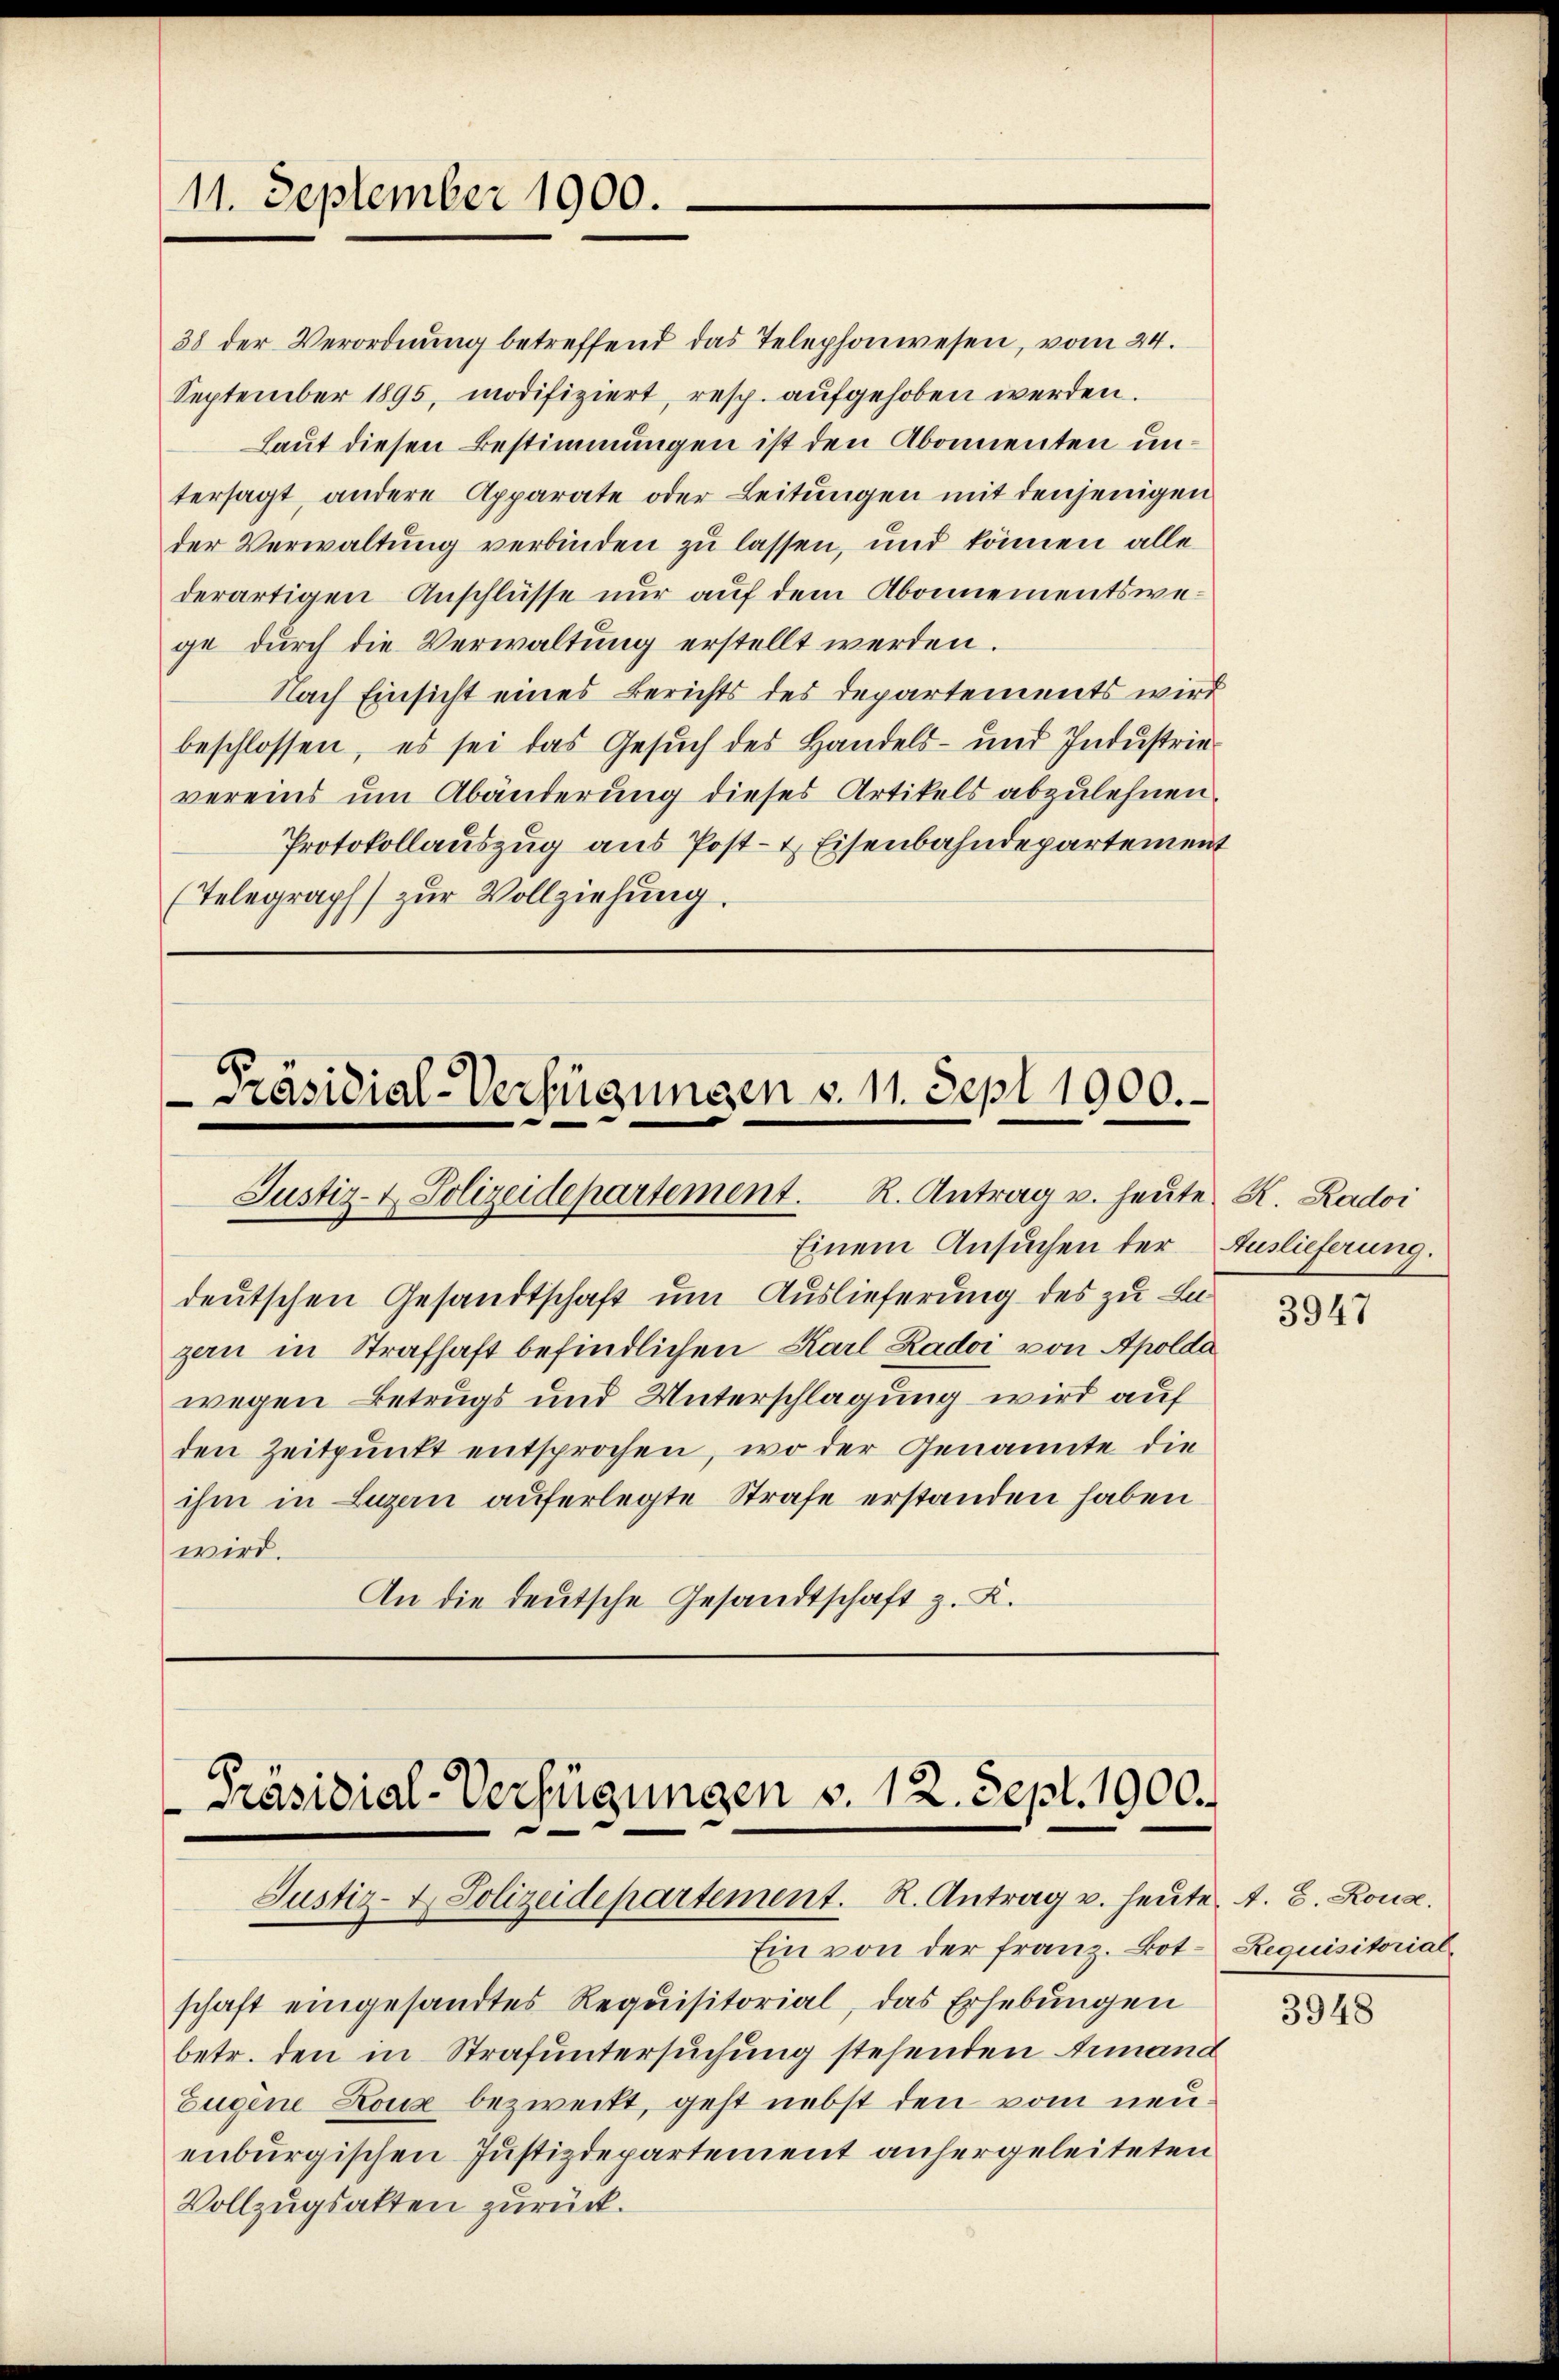
11. September 1900.

Präsidial-Verfügungen v. 11. Sept 1900.
Justiz- & Polizeidepartement. R. Antrag u. heute R. Radoi

Einem Ansuchen der Auslieferung.
deutschen Gesandtschaft um Auslieferung des zu Lugen in Strafhaft befindlichen Karl Zadoi von Apolda
wegen Betrugs und Unterschlagung wird auf
den Zeitpunkt entsprochen, wo der Genannte die
ihm in Luzen auferlegte Strafe erstanden haben
wird.
An die deutsche Gesandtschaft z. K.

Präsidial-Verfügungen v. 12. Sept. 1900.
Justiz- & Polizeidepartement. R. Antrag u. heute A. E. Konz

Ein von der Franz. Botschaft eingesandtes Requisitorial, das Erhebungen
betr. den in Strafuntersuchung stehenden Arenand
Eugene Louz bezweckt, geht nebst den vom neuenburgischen Justizdepartement anhergeleiteten
Vollzugsakten zurück.

38 der Verordnŭng betreffend das Telephonwesen, vom 24.
September 1895, modifiziert, resp. aufgehoben werden.
Laut diesen Bestimmungen ist den Abonnenten untersagt, andere Apparate oder Leitungen mit denjenigen
der Verwaltung verbinden zu lassen, und können alle
derartigen Anschlüsse nur auf dem Abonnementswege durch die Verwaltung erstellt werden.
Nach Einsicht eines Berichts des Departements wird
beschlossen, es sei das Gesuch des Handels- und Industrievereins um Abänderung dieses Artikels abzulehnen.
Protokollauszug aus Post- & Eisenbahndepartement
(Telegraph zur Vollziehung.

3947

Requisitorial,

3948